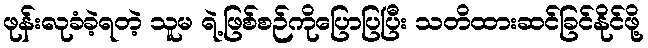
ဖုန်းလုခံခဲ့ရတဲ့ သူမ ရဲ့ဖြစ်စဉ်ကိုပြောပြပြီး သတိထားဆင်ခြင်နိုင်ဖို့